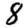
Digit: 8